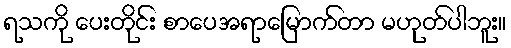
ရသကို ပေးတိုင်း စာပေအရာမြောက်တာ မဟုတ်ပါဘူး။